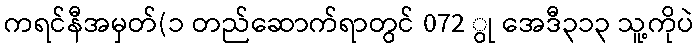
ကရင်နီအမှတ်(၁ တည်ဆောက်ရာတွင် 072 ွု အေဒီ၃၁၃ သူ့ကိုပဲ